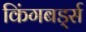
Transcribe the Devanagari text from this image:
किंगबर्ड्स